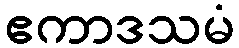
ဧကာဒသမံ